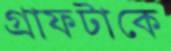
গ্রাফটাকে